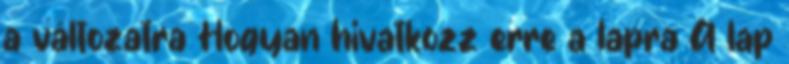
a változatra Hogyan hivatkozz erre a lapra A lap